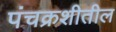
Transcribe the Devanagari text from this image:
पंचक्रशीतील